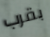
بقرب